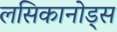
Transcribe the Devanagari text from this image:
लसिकानोड्स